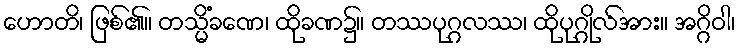
ဟောတိ၊ ဖြစ်၏။ တသ္မိံခဏေ၊ ထိုခဏ၌။ တဿပုဂ္ဂလဿ၊ ထိုပုဂ္ဂိုလ်အား။ အဂ္ဂိဝါ၊